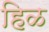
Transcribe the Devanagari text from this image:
हिळ